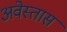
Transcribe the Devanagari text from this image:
अवेस्तास